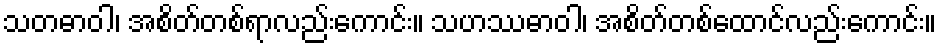
သတဓာဝါ၊ အစိတ်တစ်ရာလည်းကောင်း။ သဟဿဓာဝါ၊ အစိတ်တစ်ထောင်လည်းကောင်း။